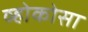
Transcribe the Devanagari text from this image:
व्होकोसा